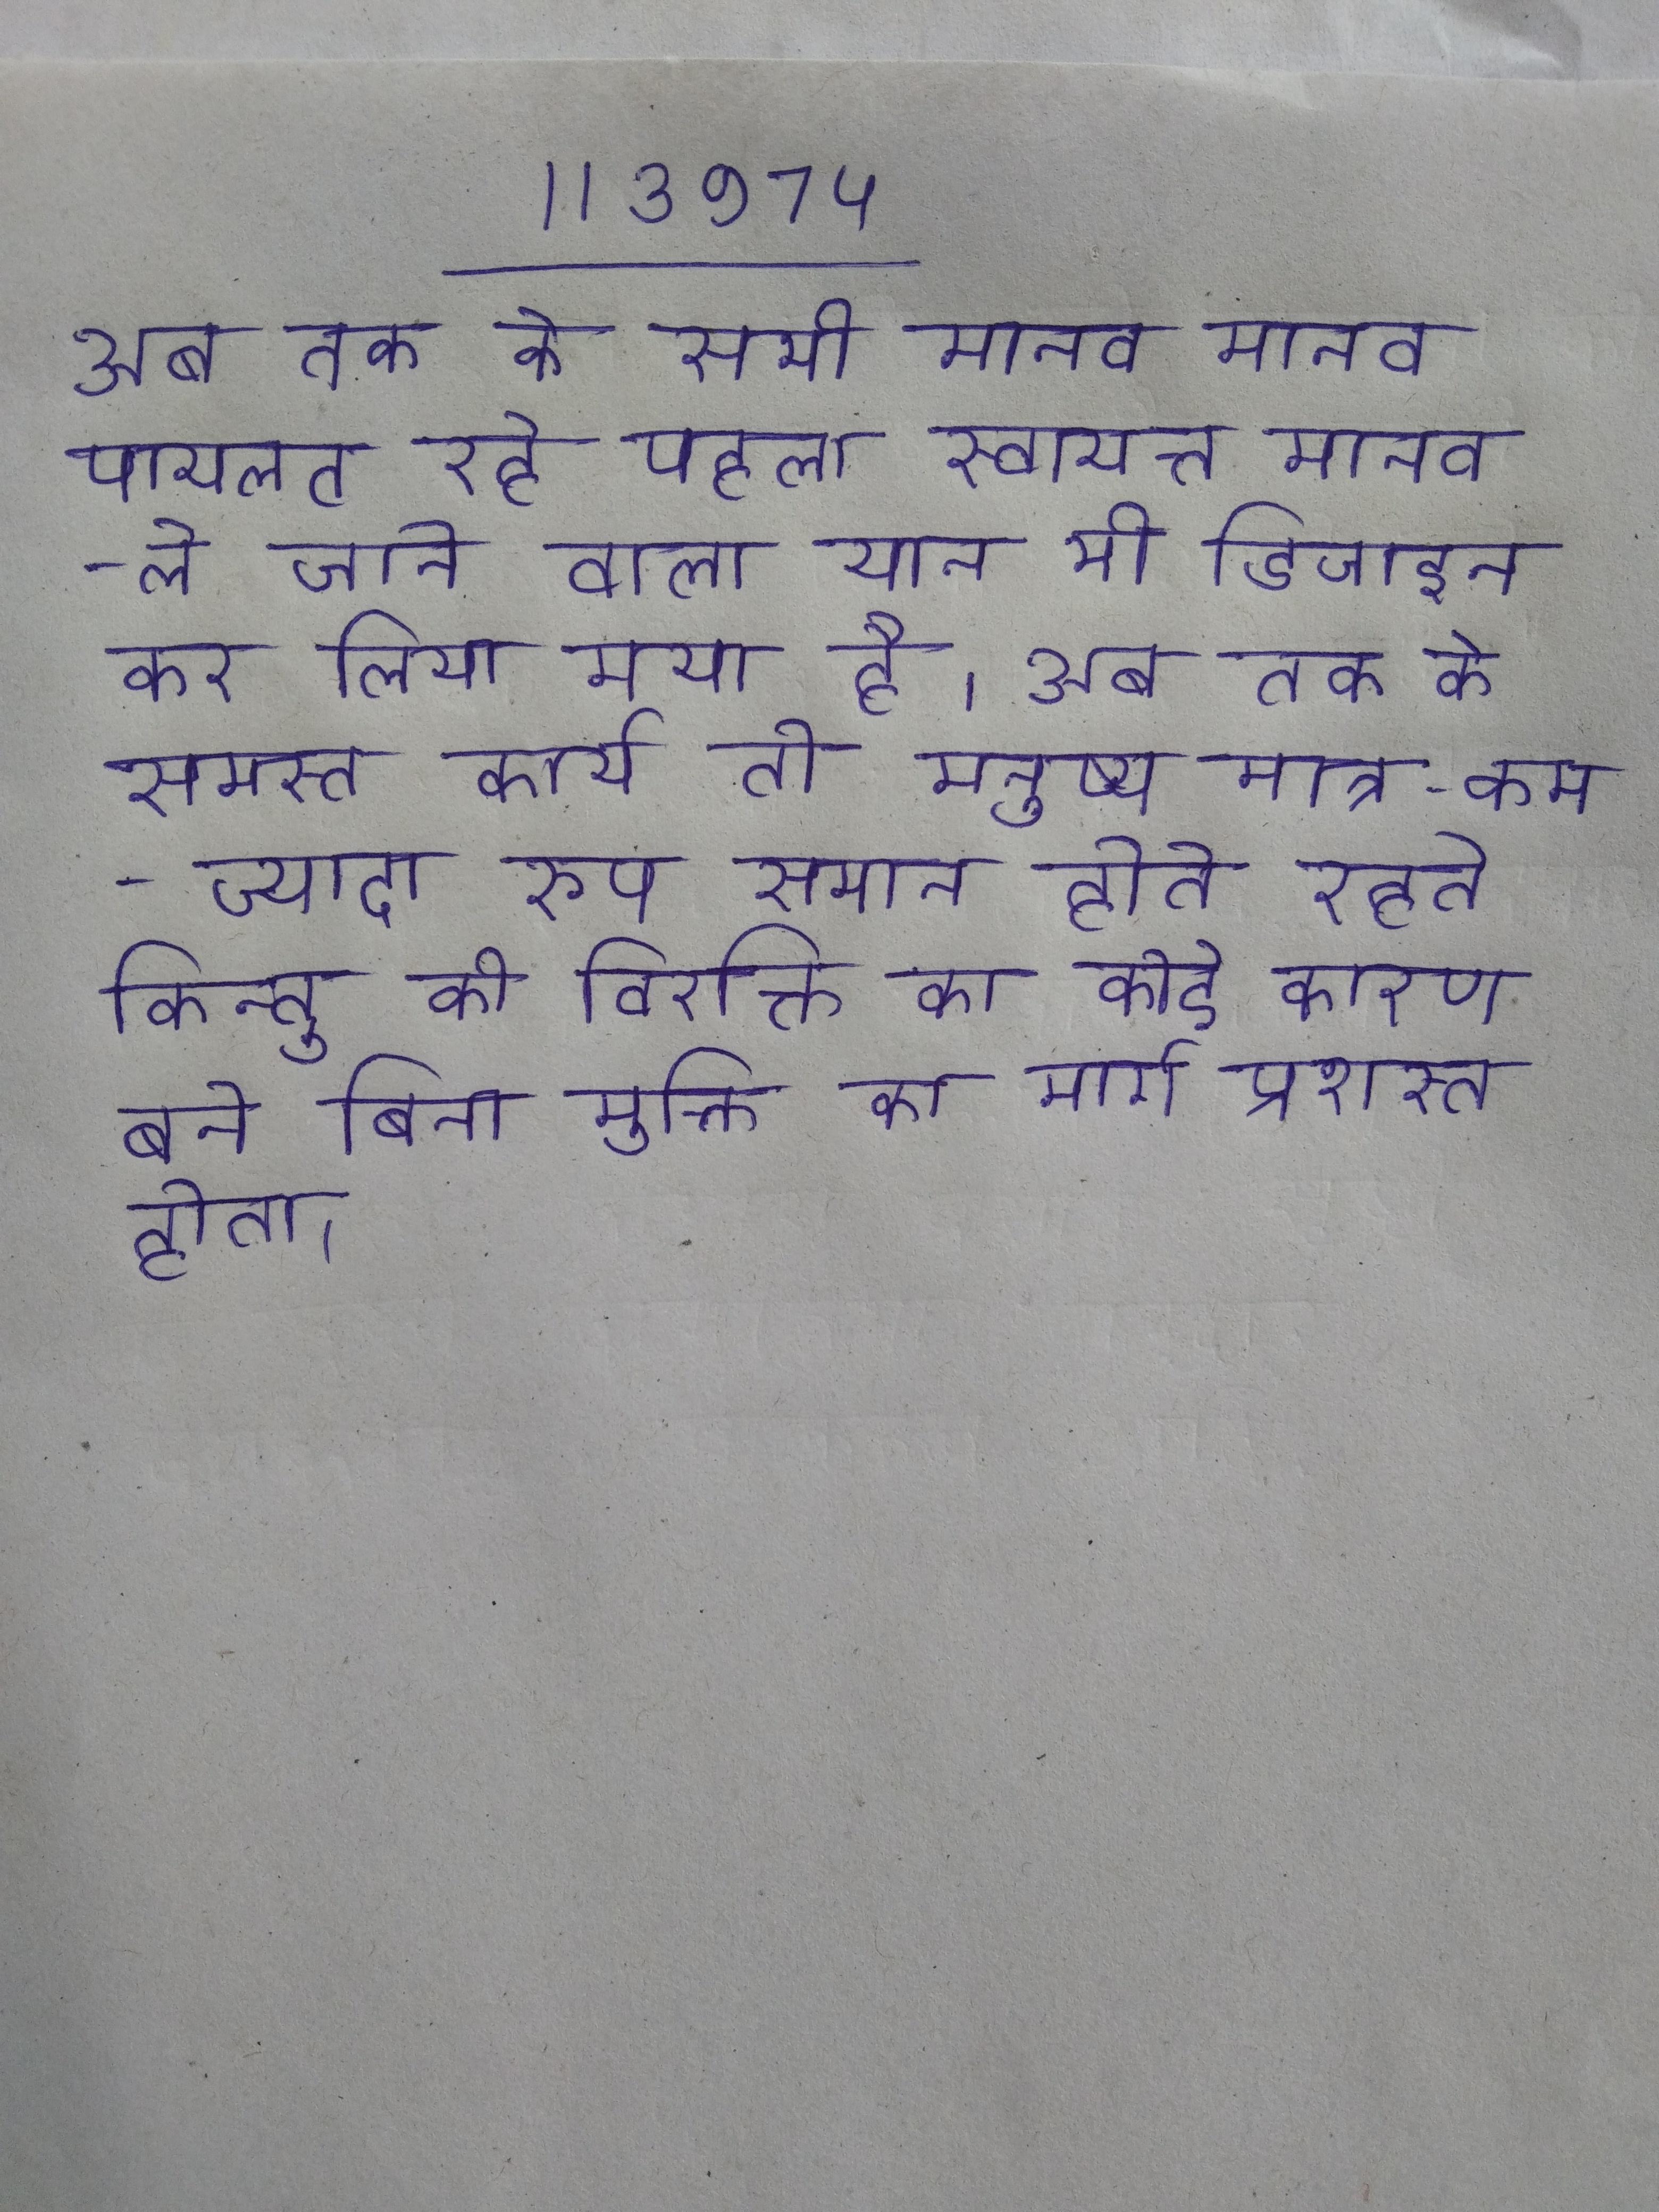
अब तक के सभी मानव मानव पायलट रहे पहला स्वायत्त मानव-ले जाने वाला यान भी डिजाइन कर लिया गया है । अब तक के समस्त कार्य तो मनुष्य मात्र कम-ज्यादा रूप समान होते रहते किन्तु की विरक्ति का कोई कारण बने बिना मुक्ति का मार्ग प्रशस्त होता ।